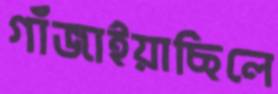
গাঁজাইয়াছিলে